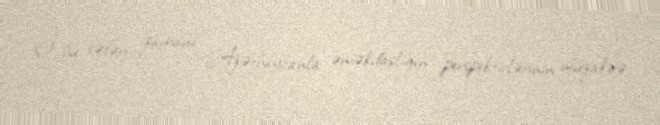
O, bu səfəri zamanı Azərbaycanla əməkdaşlığın perspektivlərinin müzakirə